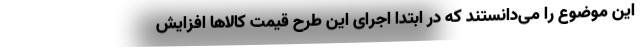
این موضوع را می‌دانستند که در ابتدا اجرای این طرح قیمت‌ کالاها افزایش